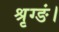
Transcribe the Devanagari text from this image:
श्रृग्ङं।